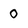
Character: 0